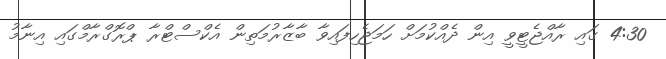
4:30 ގައި ރާއްޖެޓީވީ އިން ދެއްކުމަށް ހަމަޖެހިފައިވާ ބާޒާރުމަތިން އެކްސްޓްރާ ޕްރޮގްރާމްގައި އިނާމު